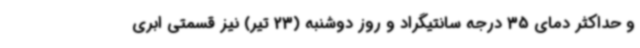
و حداکثر دمای 35 درجه سانتیگراد و روز دوشنبه (23 تیر) نیز قسمتی ابری